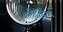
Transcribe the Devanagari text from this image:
रोहितो